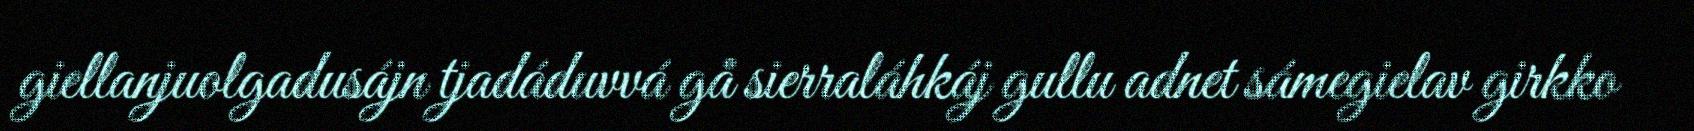
giellanjuolgadusájn tjadáduvvá gå sierraláhkáj gullu adnet sámegielav girkko